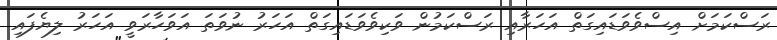
ރަސްކަމަށް އިސްވެވަޑައިގަތް އަހަރާއި ރަސްކަމުން ވަކިވެވަޑައިގަތް އަހަރު ނުވަތަ އަވަހާރަވީ އަހަރު ލިޔެފައި